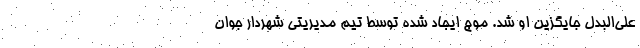
علی‌البدل جایگزین او شد. موج ایجاد شده توسط تیم مدیریتی شهردار جوان